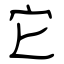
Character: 它